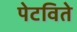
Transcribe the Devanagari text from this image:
पेटविते